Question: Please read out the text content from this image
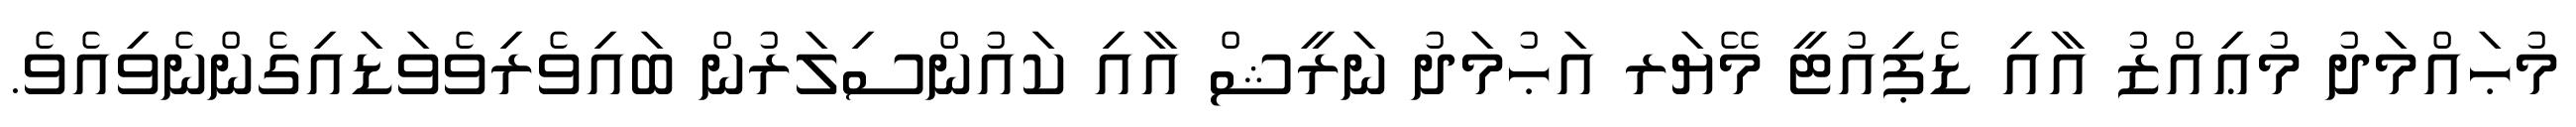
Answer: މުޙައްމަދު މުޢިއްޒު އާއި ޑެޕިއުޓީ މޭޔަރ އަޙުމަދު ނަރީޝް އާއި ކައުންސިލަރުން ބައިވެރިވެވަޑައިގެންނެވިއެވެ.